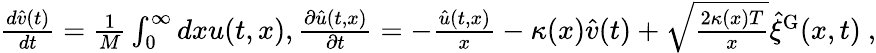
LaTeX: \begin{array}{r}{\frac{d\hat{v}(t)}{dt}=\frac{1}{M}\int_{0}^{\infty}dxu(t,x),\frac{\partial\hat{u}(t,x)}{\partial t}=-\frac{\hat{u}(t,x)}{x}-\kappa(x)\hat{v}(t)+\sqrt{\frac{2\kappa(x)T}{x}}\hat{\xi}^{\mathrm{G}}(x,t)~,}\end{array}